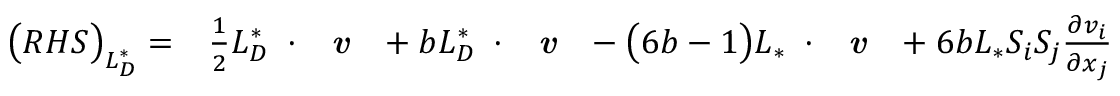
\begin{array} { r l } { \big ( R H S \big ) _ { L _ { D } ^ { * } } = } & { { } \frac { 1 } { 2 } { L _ { D } ^ { * } } \mathbf { \nabla } \cdot \textbf { \emph { v } } + b { L _ { D } ^ { * } } \mathbf { \nabla } \cdot \textbf { \emph { v } } - \big ( 6 b - 1 \big ) { L _ { * } } \mathbf { \nabla } \cdot \textbf { \emph { v } } + 6 b { L _ { * } } S _ { i } S _ { j } \frac { \partial v _ { i } } { \partial x _ { j } } } \end{array}